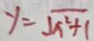
y = \sqrt { x ^ { 2 } + 1 }